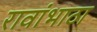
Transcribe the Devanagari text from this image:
रावांभाठा